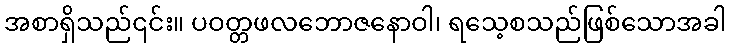
အစာရှိသည်၎င်း။ ပဝတ္တဖလဘောဇနောဝါ၊ ရသေ့စသည်ဖြစ်သောအခါ